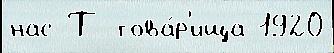
нас Т това́р'ища 1920